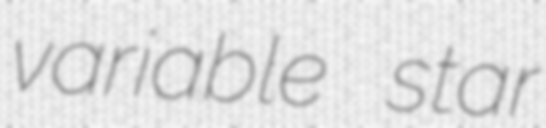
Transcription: variable star